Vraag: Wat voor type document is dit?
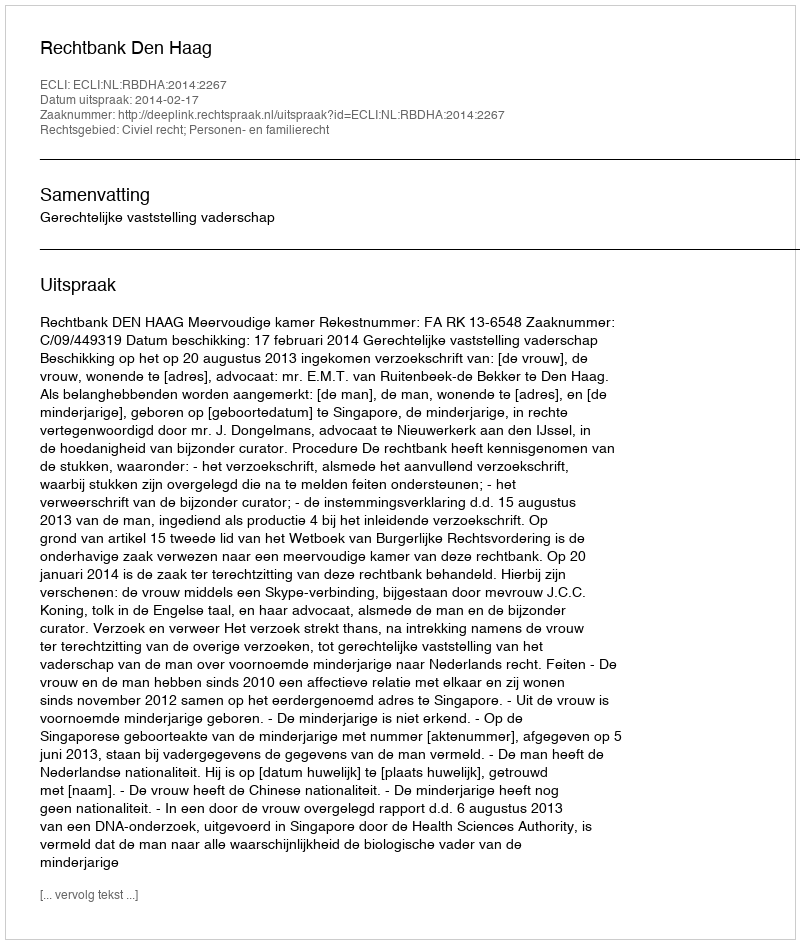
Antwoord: Uitspraak